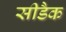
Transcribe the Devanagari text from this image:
सीडैक